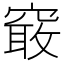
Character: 𱷏